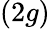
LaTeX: (2g)